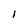
Character: I